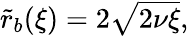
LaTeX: \begin{array}{r}{\tilde{r}_{b}(\xi)=2\sqrt{2\nu\xi},}\end{array}